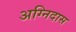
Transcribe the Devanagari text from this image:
अग्निदास